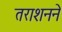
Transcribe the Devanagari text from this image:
तराशनने